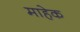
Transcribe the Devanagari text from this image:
माहेक